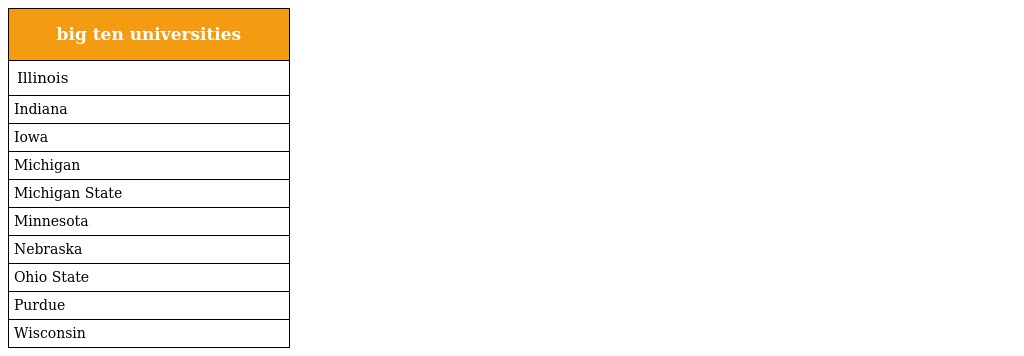
| big ten universities |
 | --- |
 | Illinois |
 | Indiana |
 | Iowa |
 | Michigan |
 | Michigan State |
 | Minnesota |
 | Nebraska |
 | Ohio State |
 | Purdue |
 | Wisconsin |